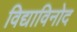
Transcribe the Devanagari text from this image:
विद्याविनोद